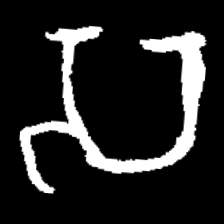
Pyu character \u2014 Myanmar letter: သ (romanized: sa)